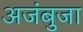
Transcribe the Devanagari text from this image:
अजंबुजा